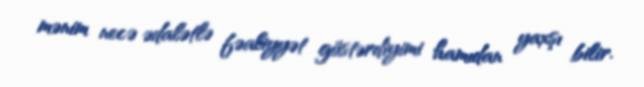
mənim necə ədalətlə fəaliyyət göstərdiyimi hamıdan yaxşı bilir.